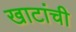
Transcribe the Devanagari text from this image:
खाटांची